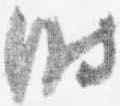
時